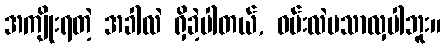
အကျိုးရတဲ့ အခါလဲ ရှိခဲ့ပါတယ်, ဝမ်းလဲမသာလှပါဘူး။